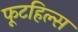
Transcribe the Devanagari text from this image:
फूटहिल्स